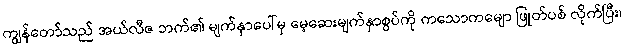
ကျွန်တော်သည် အယ်လီဇ ဘက်၏ မျက်နှာပေါ်မှ မေ့ဆေးမျက်နှာစွပ်ကို ကသောကမျော ဖြုတ်ပစ် လိုက်ပြီး၊